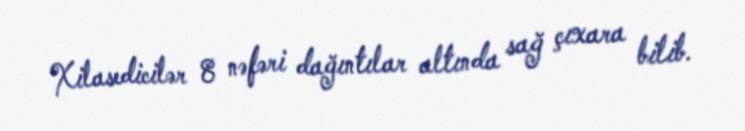
Xilasedicilər 8 nəfəri dağıntılar altında sağ çıxara bilib.